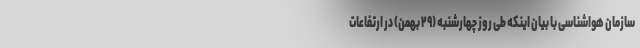
سازمان هواشناسی با بیان اینکه طی روز چهارشنبه (۲۹ بهمن) در ارتفاعات